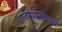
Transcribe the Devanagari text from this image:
राजस्थानमधल्या